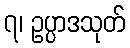
၇၊ ဥပ္ပာဒသုတ်